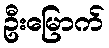
ဦးမြောက်